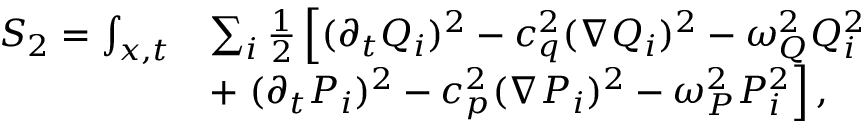
\begin{array} { r l } { S _ { 2 } = \int _ { x , t } } & { \sum _ { i } \frac { 1 } { 2 } \left[ ( \partial _ { t } Q _ { i } ) ^ { 2 } - c _ { q } ^ { 2 } ( \nabla Q _ { i } ) ^ { 2 } - \omega _ { Q } ^ { 2 } Q _ { i } ^ { 2 } \right. } \\ & { + \left. ( \partial _ { t } P _ { i } ) ^ { 2 } - c _ { p } ^ { 2 } ( \nabla P _ { i } ) ^ { 2 } - \omega _ { P } ^ { 2 } P _ { i } ^ { 2 } \right] , } \end{array}